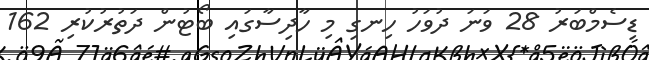
ޑިސެމްބަރު 28 ވަނަ ދުވަހު ހިނގި މި ހާދިސާގައި ބޯޓުން ދަތުރުކުރި 162